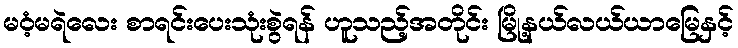
မဝံ့မရဲလေး စာရင်းပေးသုံးစွဲရန် ဟူသည့်အတိုင်း မြို့နယ်လယ်ယာမြေနှင့်